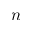
n